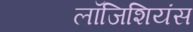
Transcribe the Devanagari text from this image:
लॉजिशियंस